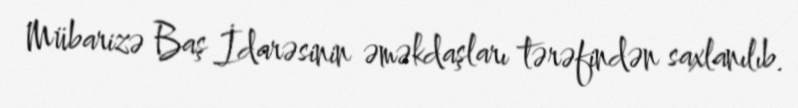
Mübarizə Baş İdarəsinin əməkdaşları tərəfindən saxlanılıb.